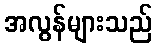
အလွန်များသည်